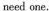
need one.